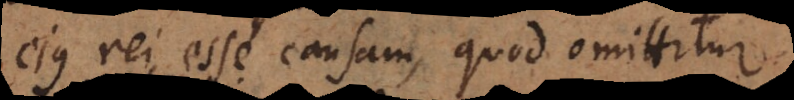
ejus rei esse causam, quod omittitur